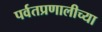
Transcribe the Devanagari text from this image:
पर्वतप्रणालीच्या